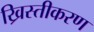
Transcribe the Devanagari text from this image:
ख्रिस्तीकरण